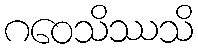
ဂဝေသိဿသိ